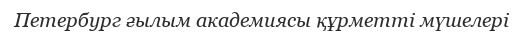
Петербург ғылым академиясы құрметті мүшелері